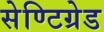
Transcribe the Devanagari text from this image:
सेण्टिग्रेड